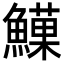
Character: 𩻧